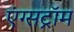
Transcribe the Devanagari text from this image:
एंग्सट्रॉम